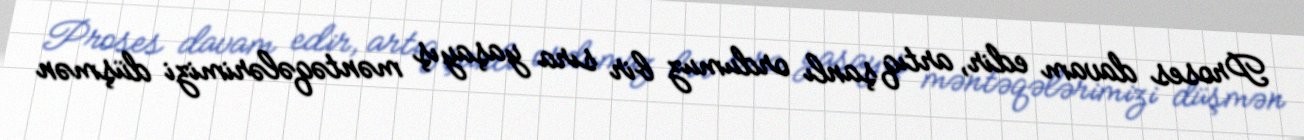
Proses davam edir, artıq şanlı ordumuz bir sıra yaşayış məntəqələrimizi düşmən